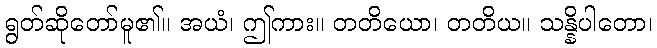
ရွတ်ဆိုတော်မူ၏။ အယံ၊ ဤကား။ တတိယော၊ တတိယ။ သန္နိပါတော၊